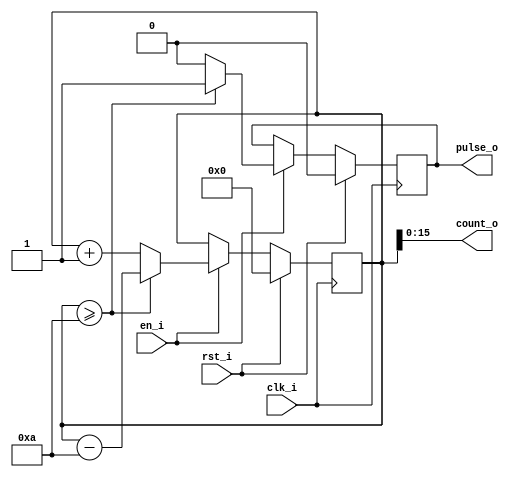
module phctrl_counter
#(
  parameter WIDTH = 16,
  parameter INC = 1,
  parameter UPTO = 10
)
(
  input              clk_i,
  input              rst_i,
  input              en_i,
//  input  phase_offset_i,
  output [WIDTH-1:0] count_o,
  output             pulse_o
);

  reg [WIDTH:0] count;
  reg           pulse;
  
  always @(posedge clk_i)
    if (rst_i) begin
      count <= {{1'b0}};
      pulse <= 1'b0;
    end
    else if (en_i)
      if (count >= UPTO) begin
        count <= count - UPTO;
        pulse <= 1'b1;
      end
      else begin
        count <= count + INC;
        pulse <= 1'b0;
      end

  assign count_o = count[WIDTH-1:0];
  assign pulse_o = pulse;
  
endmodule